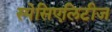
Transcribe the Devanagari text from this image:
स्पेसिएलिटीज